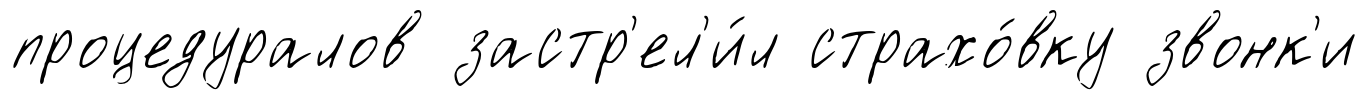
процедуралов застр'ел'и́л страхо́вку звонк'и